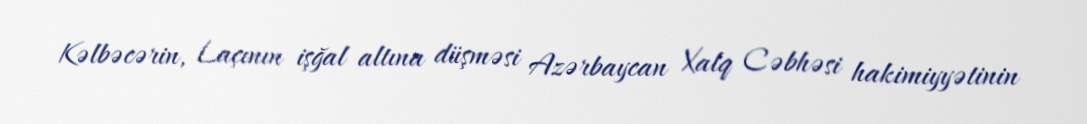
Kəlbəcərin, Laçının işğal altına düşməsi Azərbaycan Xalq Cəbhəsi hakimiyyətinin